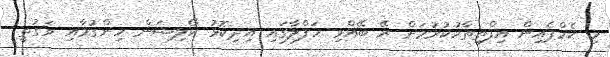
މި ކެމްޕެއިން އިފްތިތާހުކުރުމަށް ރޭ ބޭއްވި ހަފްލާގައި އިދިކޮޅު ކޯލިޝަން ހިންގުމާއި ވަގުތީ